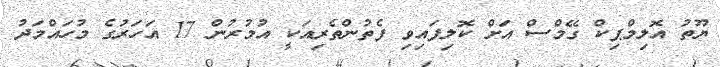
ޔޫތު އޮލިމްޕިކް ގޭމްސް އަށް ކޮލިފައިވި ފެތުންތެރިއަކީ އުމުރުން 17 އަހަރުގެ މުހައްމަދު